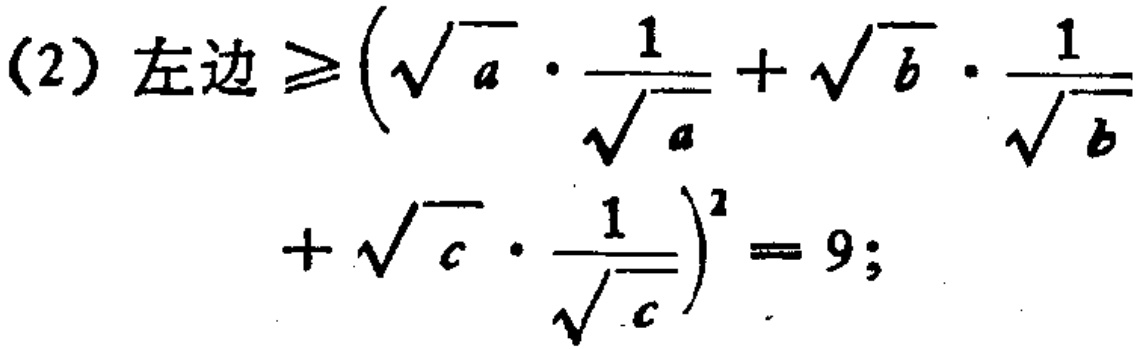
(2) 左边$\geqslant \left(\sqrt{a}\cdot \frac{1}{\sqrt{a}}+\sqrt{b}\cdot \frac{1}{\sqrt{b}}+\sqrt{c}\cdot \frac{1}{\sqrt{c}}\right)^{2}=9$;